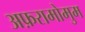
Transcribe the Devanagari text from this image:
अफ़रामोमुम